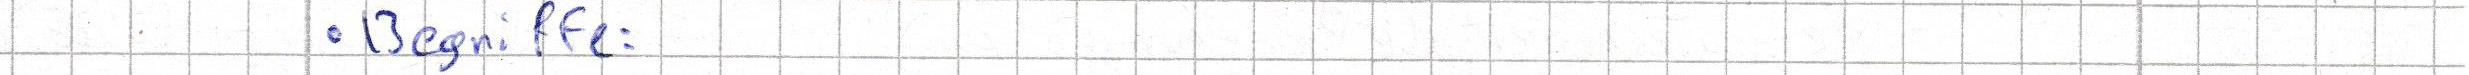
- Begriffe: